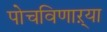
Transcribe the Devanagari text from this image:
पोचविणाऱ्या